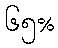
၆၅%